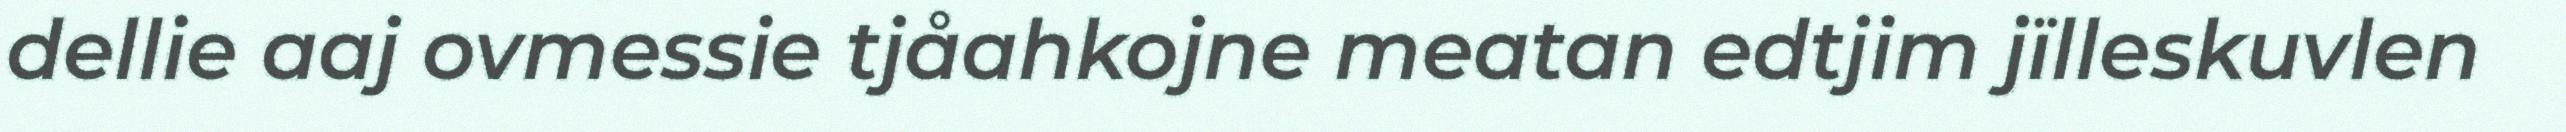
dellie aaj ovmessie tjåahkojne meatan edtjim jïlleskuvlen